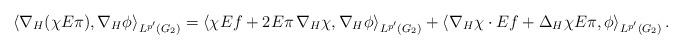
LaTeX: \begin{align*}\left< \nabla_H(\chi E\pi), \nabla_H\phi \right>_{L^{p'}(G_2)} = \left< \chi Ef + 2E\pi\,\nabla_H\chi, \nabla_H\phi \right>_{L^{p'}(G_2)} + \left< \nabla_H\chi\cdot Ef + \Delta_H\chi E\pi, \phi \right>_{L^{p'}(G_2)}. \end{align*}